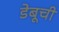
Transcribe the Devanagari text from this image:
डेबूची